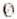
0